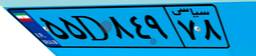
۴۰D۶۳۲۸۴